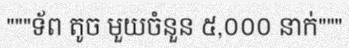
"""ទ័ព តូច មួយចំនួន ៥,០០០ នាក់"""